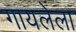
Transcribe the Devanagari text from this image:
गायलेला